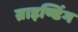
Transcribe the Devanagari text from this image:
ग्राइण्डिंग